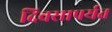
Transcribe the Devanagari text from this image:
दिवसापर्यत